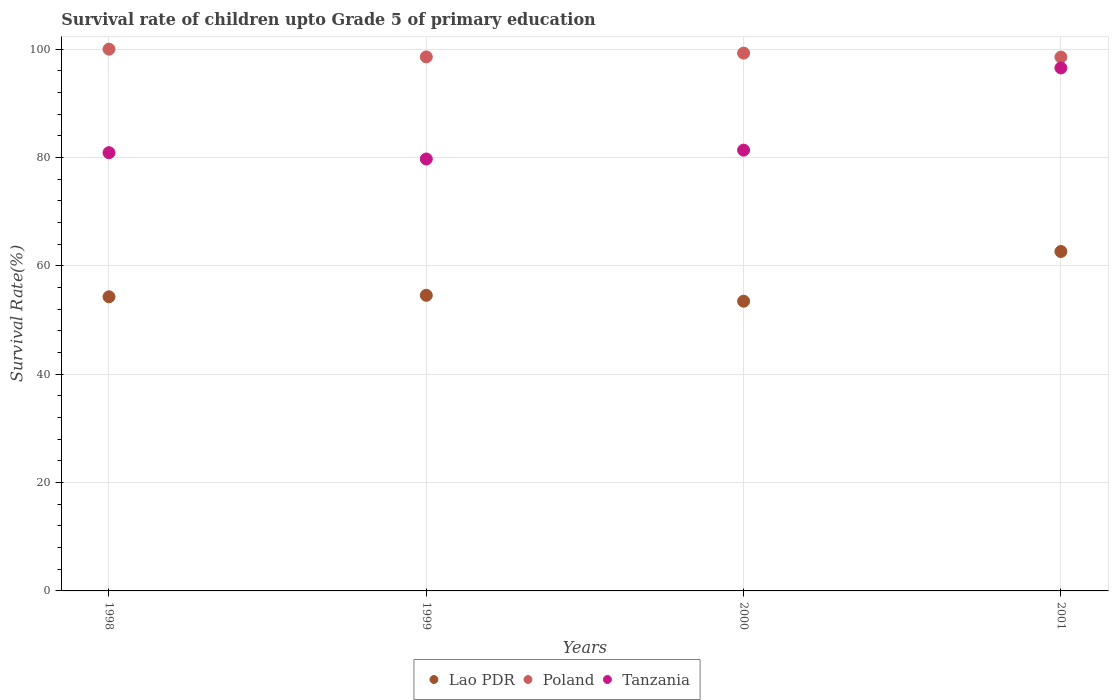
| Years | Lao PDR | Poland | Tanzania |
 | --- | --- | --- | --- |
 | 1998 | 54.3 | 100 | 80.9 |
 | 1999 | 54.6 | 98.6 | 79.7 |
 | 2000 | 53.5 | 99.3 | 81.4 |
 | 2001 | 62.7 | 98.5 | 96.5 |